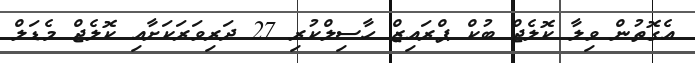
އެގޮތުން ވިލާ ކޮލެޖް ބުކް ޕްރައިޒް ހާސިލްކުރި 27 ދަރިވަރަކަށާއި ކޮލެޖް މެޑަލް